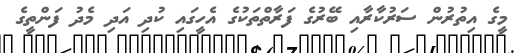
މީގެ އިތުރުން ސަރުކާރާއި ބޭރުގެ ފަރާތްތަކުގެ އެހީގައި ކުދި އަދި މެދު ފަންތީގެ